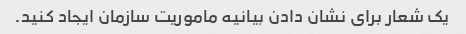
یک شعار برای نشان دادن بیانیه ماموریت سازمان ایجاد کنید.